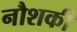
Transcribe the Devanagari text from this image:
नौशकी